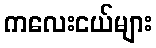
ကလေးငယ်များ